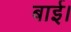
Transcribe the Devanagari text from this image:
बाई।